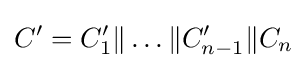
C'=C_{1}'\|\dots \|C_{n-1}'\|C_{n}